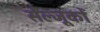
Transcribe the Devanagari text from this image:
सेल्जूकों